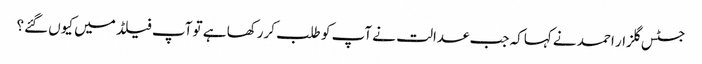
جسٹس گلزار احمد نے کہاکہ جب عدالت نے آپ کو طلب کررکھا ہے تو آپ فیلڈ میں کیوں گئے؟